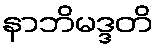
နာဘိမဒ္ဒတိ